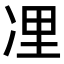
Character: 𠗔